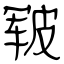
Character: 皲